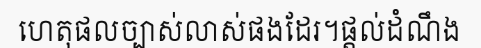
ហេតុផលច្បាស់លាស់ផងដែរ។ផ្តល់ដំណឹង